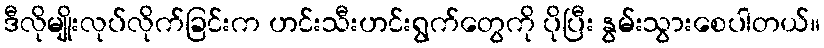
ဒီလိုမျိုးလုပ်လိုက်ခြင်းက ဟင်းသီးဟင်းရွက်တွေကို ပိုပြီး နွမ်းသွားစေပါတယ်။